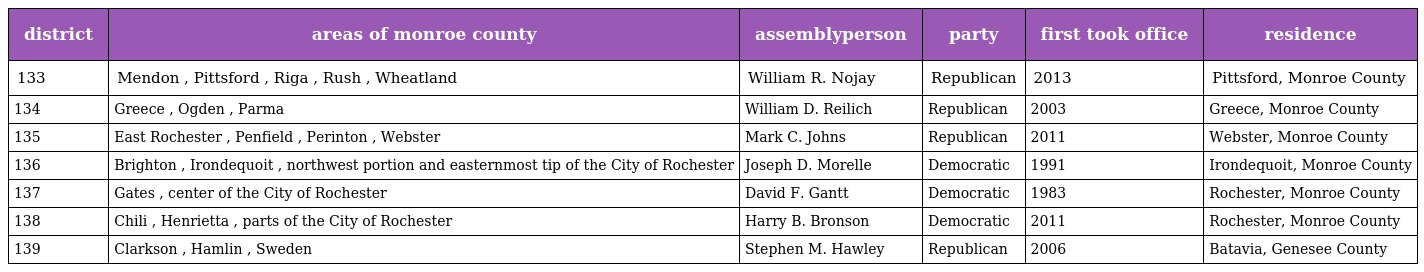
| district | areas of monroe county | assemblyperson | party | first took office | residence |
 | --- | --- | --- | --- | --- | --- |
 | 133 | Mendon , Pittsford , Riga , Rush , Wheatland | William R. Nojay | Republican | 2013 | Pittsford, Monroe County |
 | 134 | Greece , Ogden , Parma | William D. Reilich | Republican | 2003 | Greece, Monroe County |
 | 135 | East Rochester , Penfield , Perinton , Webster | Mark C. Johns | Republican | 2011 | Webster, Monroe County |
 | 136 | Brighton , Irondequoit , northwest portion and easternmost tip of the City of Rochester | Joseph D. Morelle | Democratic | 1991 | Irondequoit, Monroe County |
 | 137 | Gates , center of the City of Rochester | David F. Gantt | Democratic | 1983 | Rochester, Monroe County |
 | 138 | Chili , Henrietta , parts of the City of Rochester | Harry B. Bronson | Democratic | 2011 | Rochester, Monroe County |
 | 139 | Clarkson , Hamlin , Sweden | Stephen M. Hawley | Republican | 2006 | Batavia, Genesee County |